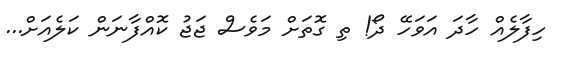
ހިފާލެއް ހާދަ އަވަހޭ ދޯ! ތި ގޮތަށް މަވެސް ޖަޖު ކޮއްފާނަން ކަލެއަށް...